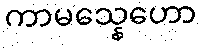
ကာမသ္နေဟော